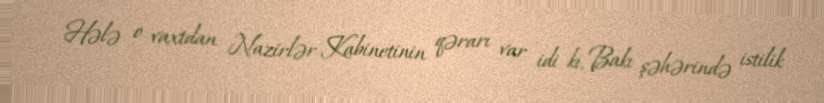
Hələ o vaxtdan Nazirlər Kabinetinin qərarı var idi ki, Bakı şəhərində istilik